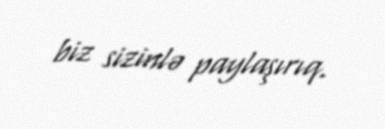
biz sizinlə paylaşırıq.